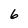
Character: 6